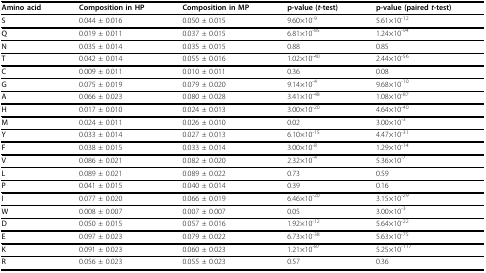
<table><thead><tr><td><b>Amino acid</b></td><td><b>Composition in HP</b></td><td><b>Composition in MP</b></td><td><b>p-value (<i>t</i>-test)</b></td><td><b>p-value (paired <i>t</i>-test)</b></td></tr></thead><tbody><tr><td><b>S</b></td><td>0.044 ± 0.016</td><td>0.050 ± 0.015</td><td>9.60×10<sup>-9</sup></td><td>5.61×10<sup>-12</sup></td></tr><tr><td><b>Q</b></td><td>0.019 ± 0.011</td><td>0.037 ± 0.015</td><td>6.81×10<sup>-85</sup></td><td>1.24×10<sup>-94</sup></td></tr><tr><td><b>N</b></td><td>0.035 ± 0.014</td><td>0.035 ± 0.015</td><td>0.88</td><td>0.85</td></tr><tr><td><b>T</b></td><td>0.042 ± 0.014</td><td>0.055 ± 0.016</td><td>1.02×10<sup>-40</sup></td><td>2.44×10<sup>-56</sup></td></tr><tr><td><b>C</b></td><td>0.009 ± 0.011</td><td>0.010 ± 0.011</td><td>0.36</td><td>0.08</td></tr><tr><td><b>G</b></td><td>0.075 ± 0.019</td><td>0.079 ± 0.020</td><td>9.14×10<sup>-4</sup></td><td>9.68×10<sup>-10</sup></td></tr><tr><td><b>A</b></td><td>0.066 ± 0.023</td><td>0.080 ± 0.028</td><td>3.41×10<sup>-48</sup></td><td>1.08×10<sup>-87</sup></td></tr><tr><td><b>H</b></td><td>0.017 ± 0.010</td><td>0.024 ± 0.013</td><td>3.00×10<sup>-20</sup></td><td>4.64×10<sup>-40</sup></td></tr><tr><td><b>M</b></td><td>0.024 ± 0.011</td><td>0.026 ± 0.010</td><td>0.02</td><td>3.00×10<sup>-3</sup></td></tr><tr><td><b>Y</b></td><td>0.033 ± 0.014</td><td>0.027 ± 0.013</td><td>6.10×10<sup>-15</sup></td><td>4.47×10<sup>-31</sup></td></tr><tr><td><b>F</b></td><td>0.038 ± 0.015</td><td>0.033 ± 0.014</td><td>3.00×10<sup>-8</sup></td><td>1.29×10<sup>-14</sup></td></tr><tr><td><b>V</b></td><td>0.086 ± 0.021</td><td>0.082 ± 0.020</td><td>2.32×10<sup>-4</sup></td><td>5.36×10<sup>-7</sup></td></tr><tr><td><b>L</b></td><td>0.089 ± 0.021</td><td>0.089 ± 0.022</td><td>0.73</td><td>0.59</td></tr><tr><td><b>P</b></td><td>0.041 ± 0.015</td><td>0.040 ± 0.014</td><td>0.39</td><td>0.16</td></tr><tr><td><b>I</b></td><td>0.077 ± 0.020</td><td>0.066 ± 0.019</td><td>6.46×10<sup>-20</sup></td><td>3.15×10<sup>-29</sup></td></tr><tr><td><b>W</b></td><td>0.008 ± 0.007</td><td>0.007 ± 0.007</td><td>0.05</td><td>3.00×10<sup>-3</sup></td></tr><tr><td><b>D</b></td><td>0.050 ± 0.015</td><td>0.057 ± 0.016</td><td>1.92×10<sup>-12</sup></td><td>5.64×10<sup>-22</sup></td></tr><tr><td><b>E</b></td><td>0.097 ± 0.023</td><td>0.079 ± 0.022</td><td>6.73×10<sup>-38</sup></td><td>5.63×10<sup>-75</sup></td></tr><tr><td><b>K</b></td><td>0.091 ± 0.023</td><td>0.060 ± 0.023</td><td>1.21×10<sup>-87</sup></td><td>5.25×10<sup>-117</sup></td></tr><tr><td><b>R</b></td><td>0.056 ± 0.023</td><td>0.055 ± 0.023</td><td>0.57</td><td>0.36</td></tr></tbody></table>